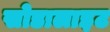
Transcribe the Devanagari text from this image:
सोडालाइट